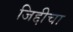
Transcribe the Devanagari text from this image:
जिद्दीचा